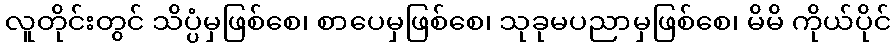
လူတိုင်းတွင် သိပ္ပံမှဖြစ်စေ၊ စာပေမှဖြစ်စေ၊ သုခုမပညာမှဖြစ်စေ၊ မိမိ ကိုယ်ပိုင်